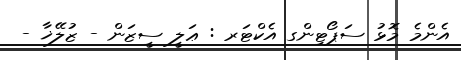
އެންމެ މޮޅު ސަޕޯޓިންގ އެކްޓަރ : ޢަލީ ސީޒަން - ޒުލޭޚާ -